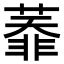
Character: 𦻅